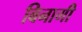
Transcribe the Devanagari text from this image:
बिनागी